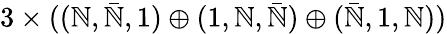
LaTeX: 3\times((\mathbb{N},\bar{{\mathbb{N}}},1)\oplus(1,\mathbb{N},\bar{{\mathbb{N}}})\oplus(\bar{{\mathbb{N}}},1,\mathbb{N}))